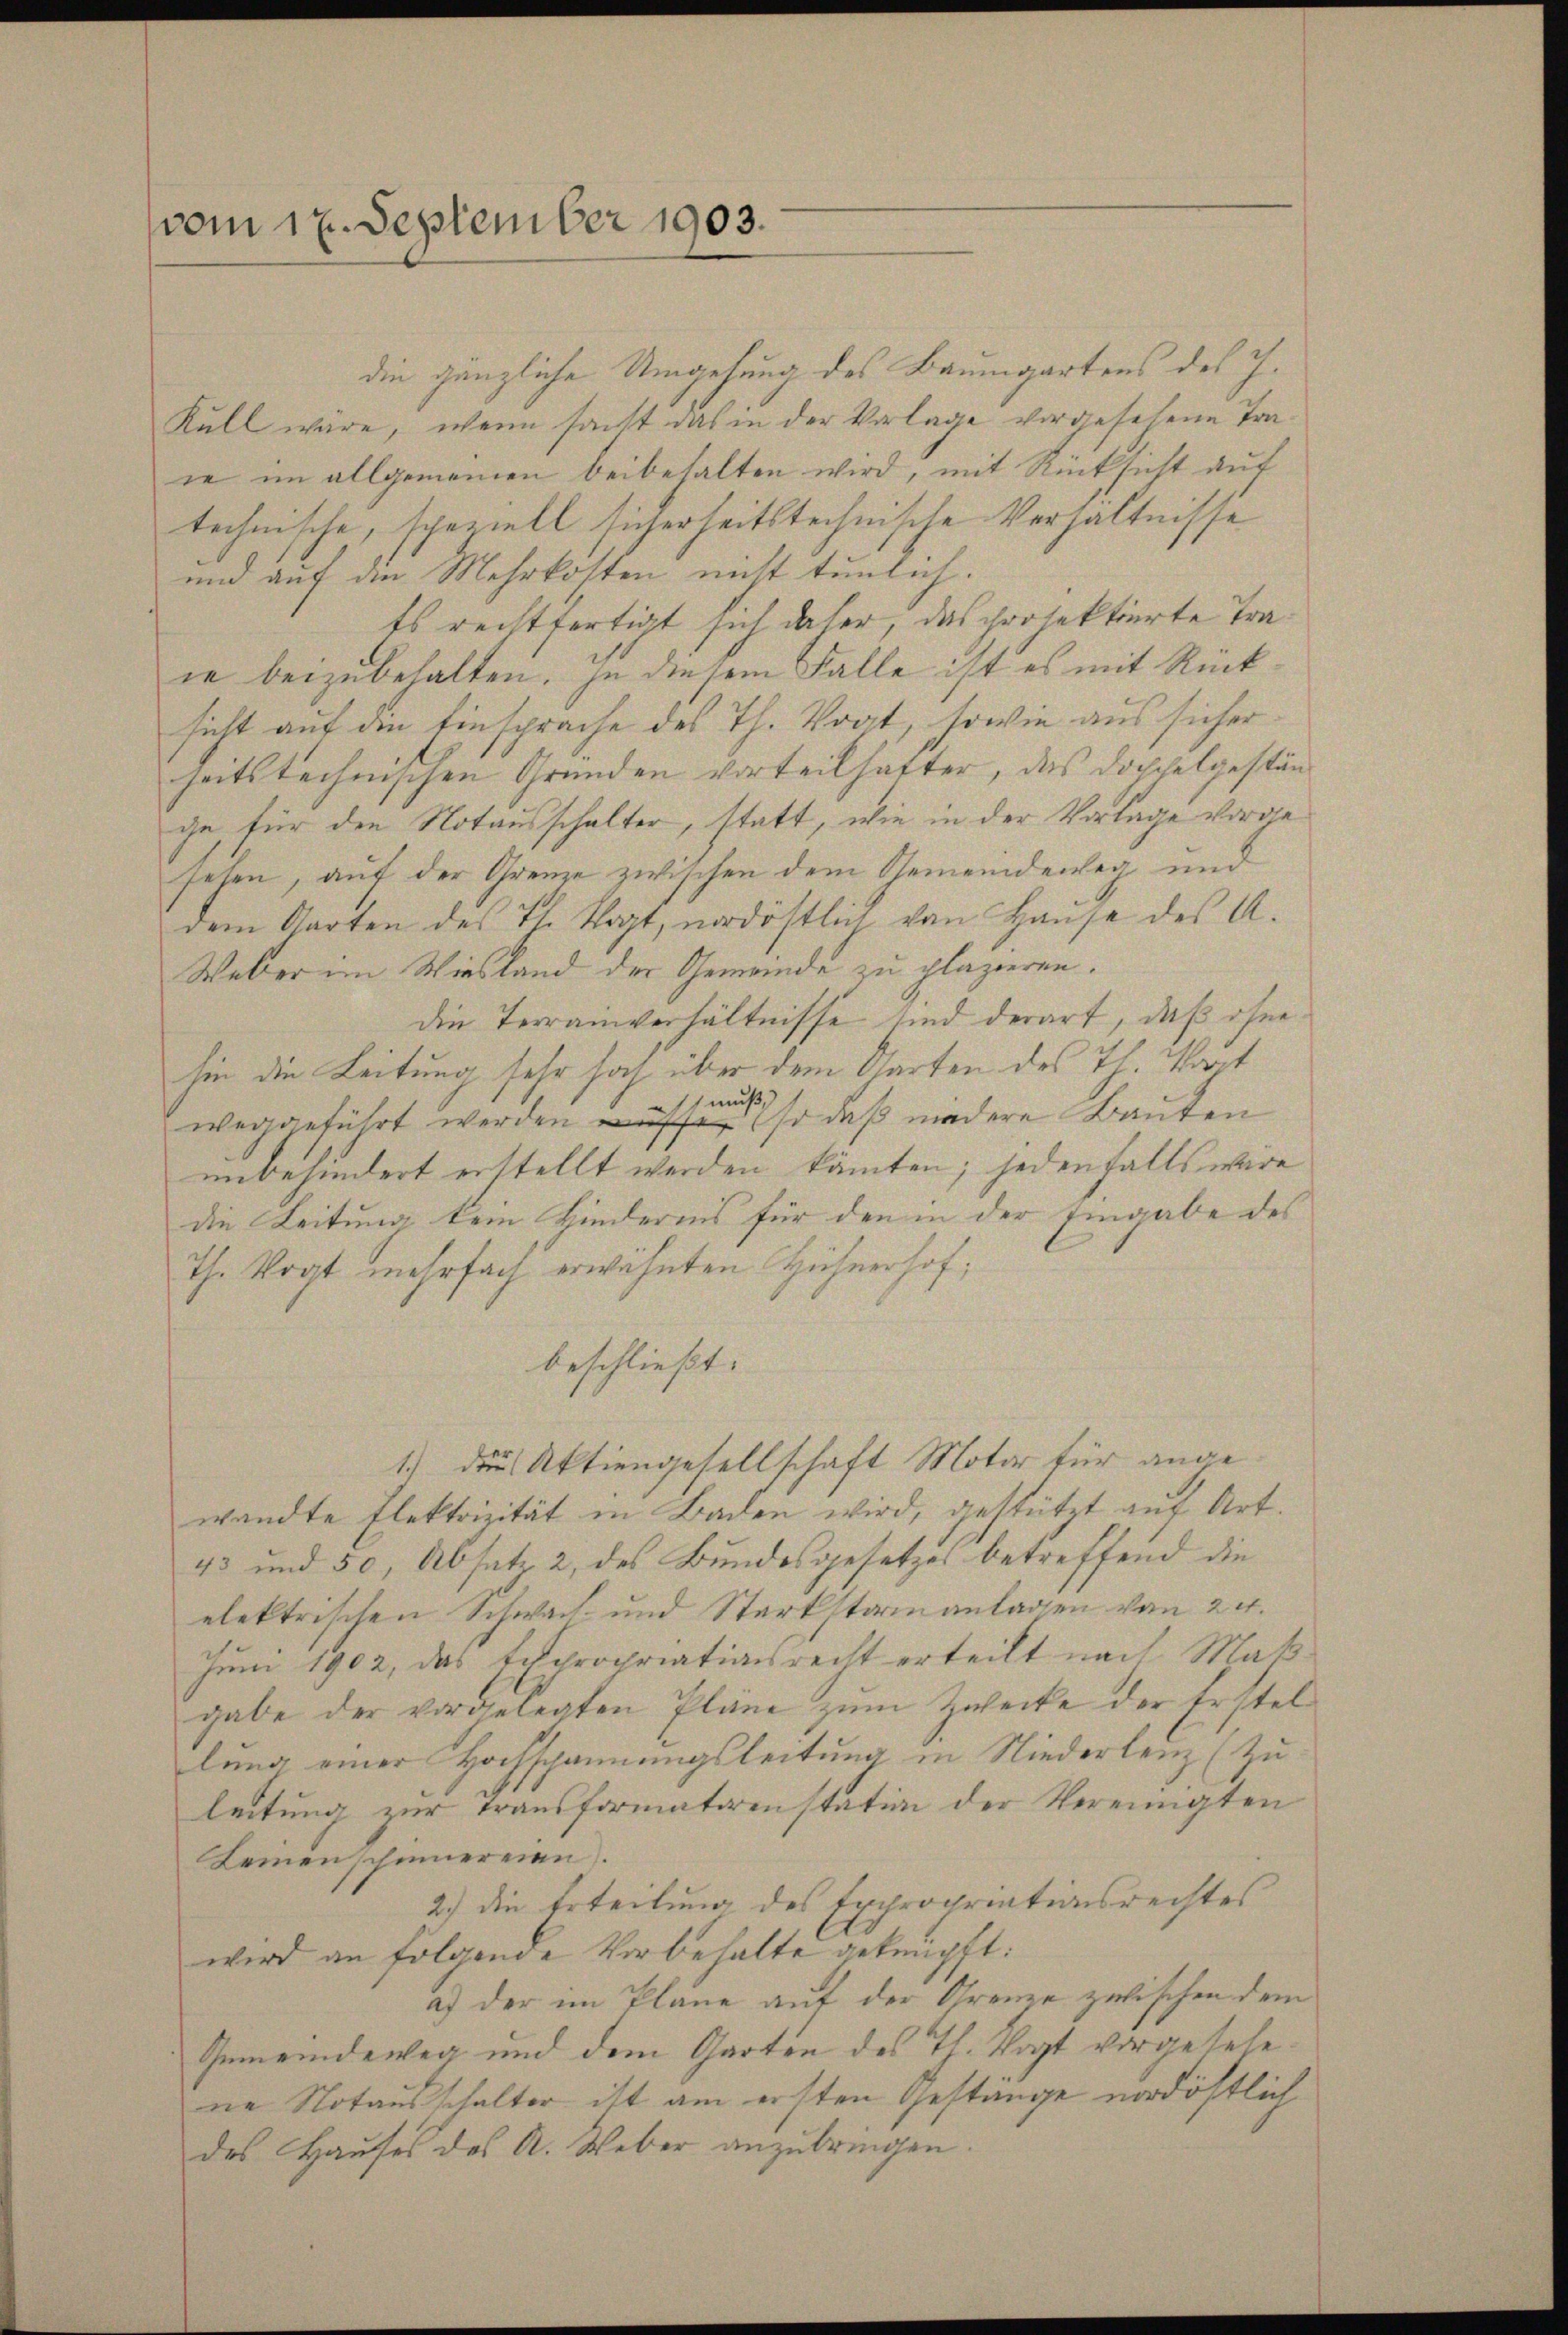
vom 17. September 1903.

die gänzliche Umgehung des Baumgartens des J.
Kull wäre, wenn sacht das in der Vorlage vorgesehene Traie im allgemeinen beibehalten wird, mit Rücksicht auf
technische, speziell sicherheitstechnische Verhältnisse
und auf die Mehrkosten nicht tunlich.
Es rechtfertigt sich daher, das projektierte Traie beizubehalten. In diesem Falle ist es mit Rück
sicht auf den Einsprache des Th. Vogt, sowie aus sicher
heitstechnischen Gründen vorteilhafter, das Dochchelgestänge, für den Notausschalter, statt, wie in der Vorlage vorgesehen, auf der Grenze zwischen dem Gemeindeweg und
dem Garten des Th. Vogt, nordöstlich von Hause des A.
Weber im Wiesland der Gemeinde zu plazieren.
die Terrainverhältnisse sind derart, daß ohne
hin die Leitung sehr hoch über dem Garten des Th. Wart
weggeführt werden, so daß niedere Bauten
unbehindert erstellt werden könnten; jedenfalls wäre
die Leitung dem Kindernis für den in der Eingabe des
Th. Vogt mehrfach erwähnten Hühnerhof;
beschließt:
1.) Das Aktiengesellschaft Motor für angewandte Flektrizität in Baden wird, gestützt auf Art.
43 und 50, Absatz 2 des Bundesgesetzes betreffend die
elektrischen Schwach- und Starkstainanlagen von 24.
Juni 1902, das Echpropriationsrecht erteilt nach Maß
gabe der vorgelegten Pläne zŭm Zwecke der Erstel
lung einer Hochspannungsleitung in Niederlenz (Zuleitung zur Transformatorenstation der Vereinigten
Lemenschinnereien.
2.) Die Erteilung des Expropriationsrechtes
wird an folgende Vorbehalte geknüpft:
a. der im Plane auf der Grenze zwischen dem
Gemeindeweg und dem Garten des Th. Vogt vorgesehe
ne Notausschalter ist am ersten Gestange nordöstlich
des Hauses des A. Weber anzubringen.